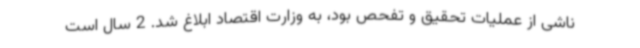
ناشی از عملیات تحقیق و تفحص بود، به وزارت اقتصاد ابلاغ شد. 2 سال است